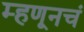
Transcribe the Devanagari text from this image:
म्हणूनचं